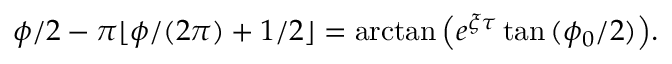
\phi / 2 - \pi \lfloor \phi / ( 2 \pi ) + 1 / 2 \rfloor = \arctan { \left( e ^ { \xi \tau } \tan { ( \phi _ { 0 } / 2 ) } \right) } .